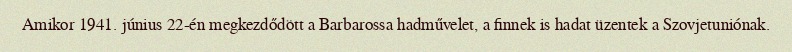
Amikor 1941. június 22-én megkezdődött a Barbarossa hadművelet, a finnek is hadat üzentek a Szovjetuniónak.